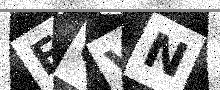
Text: FQVN